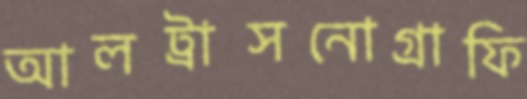
আলট্রাসনোগ্রাফি